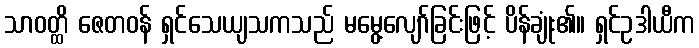
သာဝတ္ထိ ဇေတဝန် ရှင်သေယျသကသည် မမွေ့လျော်ခြင်းဖြင့် ပိန်ချုံး၏။ ရှင်ဥဒါယီက